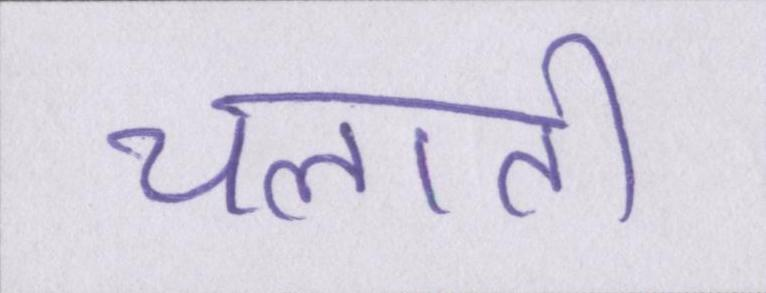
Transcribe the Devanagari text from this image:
चलाती